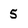
Character: 5